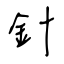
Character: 針